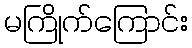
မကြိုက်ကြောင်း